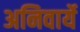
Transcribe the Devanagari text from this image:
अनिवार्ये